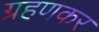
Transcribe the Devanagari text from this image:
ग्रहणकर